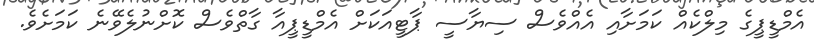
އެމްޑީޕީގެ މިލްކެއް ކަމަށާއި އެއްވެސް ސިޔާސީ ޕާޓީއަކަށް އެމްޑީޕީއާ ގާތްވެސް ކޮށްނުލެވޭނެ ކަމަށެވެ.